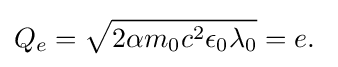
Q_{e}={\sqrt {2\alpha m_{0}c^{2}\epsilon _{0}\lambda _{0}}}=e.\